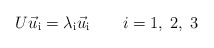
\begin{align*}U \vec u_{\mathrm{i}} = \lambda_{\mathrm{i}} \vec u_{\mathrm{i}}\qquad i = 1,\;2,\;3\end{align*}